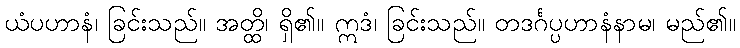
ယံပဟာနံ၊ ခြင်းသည်။ အတ္ထိ၊ ရှိ၏။ ဣဒံ၊ ခြင်းသည်။ တဒင်္ဂပ္ပဟာနံနာမ၊ မည်၏။